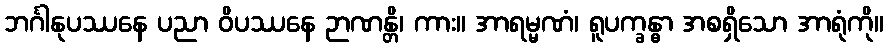
ဘင်္ဂါနုပဿနေ ပညာ ဝိပဿနေ ဉာဏန္တိ၊ ကား။ အာရမ္မဏံ၊ ရူပက္ခန္ဓာ အစရှိသော အာရုံကို။